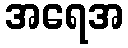
အရေအ